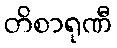
တိစာရုဏီ